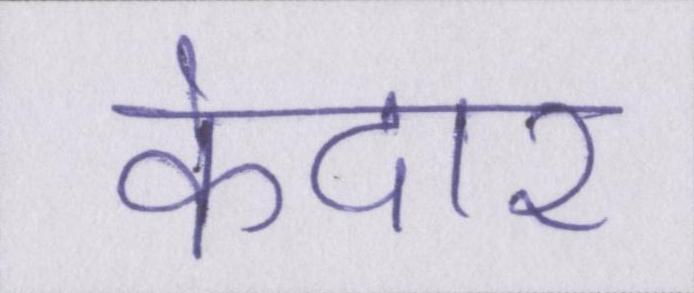
केदार